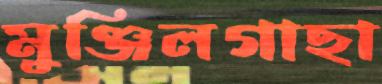
মুঞ্জিলগাছা